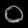
Digit: ၀